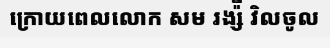
ក្រោយពេលលោក សម រង្ស៉ី វិលចូល